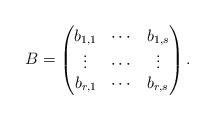
LaTeX: \begin{align*} B=\begin{pmatrix}b_{1,1} &\cdots & b_{1,s}\\ \vdots & \cdots & \vdots\\ b_{r,1} & \cdots & b_{r,s} \end{pmatrix}.\end{align*}